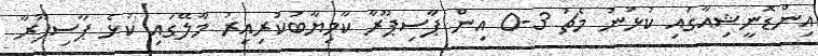
އިންޑޮނީޝިއާގައި ކުޅުނު މެޗު 3-0 އިން ޕާސިޕޫރާ ކާމިޔާބުކުރިއިރު މާލޭގައި ކުޅެ ޕާސިޕޫރާ